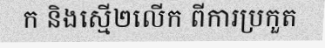
ក និងស្មើ២លើក ពីការប្រកួត